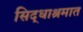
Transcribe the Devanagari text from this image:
सिद्धाश्रमात